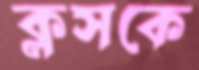
ক্লসকে